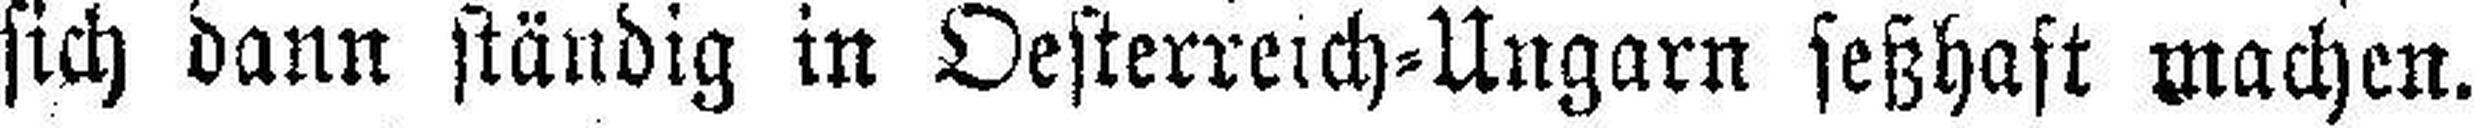
sich dann ständig in Oesterreich=Ungarn seßhaft machen.